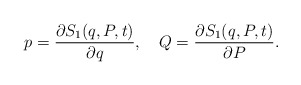
\begin{align*}p=\frac{\partial S_{1}(q,P,t)}{\partial q},~~~Q=\frac{\partial S_{1}(q,P,t)}{\partial P}.\end{align*}